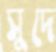
সুদে